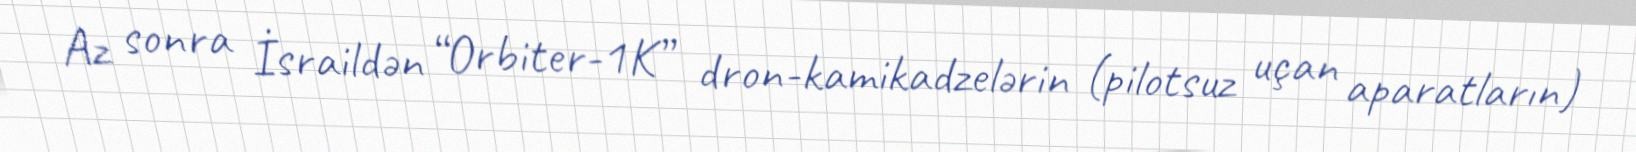
Az sonra İsraildən “Orbiter-1K” dron-kamikadzelərin (pilotsuz uçan aparatların)